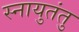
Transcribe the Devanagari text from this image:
स्नायुतंतु